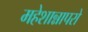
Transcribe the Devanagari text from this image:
महेशान्नापरो